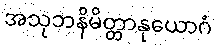
အသုဘနိမိတ္တာနုယောဂံ